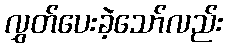
လွှတ်ပေးခဲ့သော်လည်း